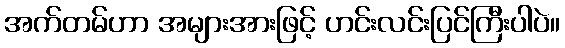
အက်တမ်ဟာ အများအားဖြင့် ဟင်းလင်းပြင်ကြီးပါပဲ။